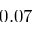
0 . 0 7